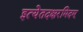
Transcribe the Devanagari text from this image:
इत्येतदक्षरमिदम्